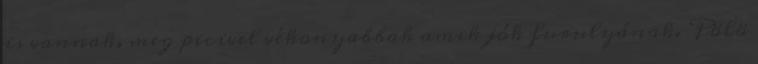
is vannak, meg picivel vékonyabbak amik jók furulyának. Pölö